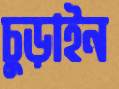
চুড়াইন